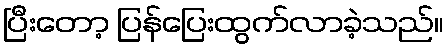
ပြီးတော့ ပြန်ပြေးထွက်လာခဲ့သည်။